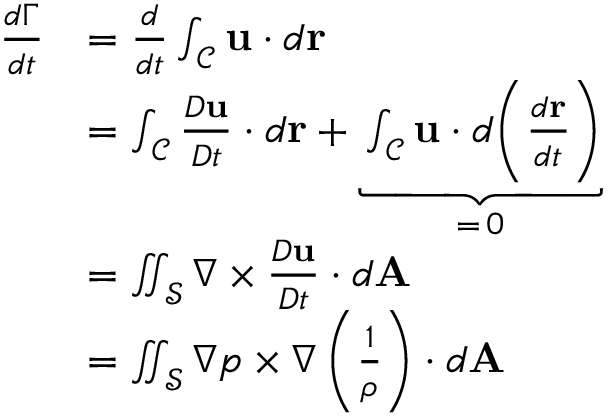
\begin{array} { r l } { \frac { d \Gamma } { d t } } & { = \frac { d } { d t } \int _ { \mathcal { C } } \mathbf { u } \cdot d \mathbf { r } } \\ & { = \int _ { \mathcal { C } } \frac { D \mathbf { u } } { D t } \cdot d \mathbf { r } + \underbrace { \int _ { \mathcal { C } } \mathbf { u } \cdot d \biggl ( \frac { d \mathbf { r } } { d t } \Biggr ) } _ { = \, 0 } } \\ & { = \iint _ { \mathcal { S } } \nabla \times \frac { D \mathbf { u } } { D t } \cdot d \mathbf { A } } \\ & { = \iint _ { \mathcal { S } } \nabla p \times \nabla \left( \frac { 1 } { \rho } \right) \cdot d \mathbf { A } } \end{array}